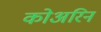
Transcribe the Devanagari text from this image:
कोअरिन